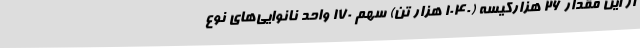
از این مقدار 26 هزارکیسه (1040 هزار تن) سهم 170 واحد نانوایی‌های نوع